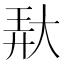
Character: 𱘱